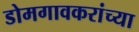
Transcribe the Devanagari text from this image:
डोमगावकरांच्या